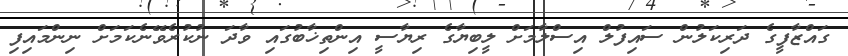
ގައްޒާފީގެ ދަރިކަލުން ސައިފުލް އިސްލާމަށް ލީބިޔާގެ ރިޔާސީ އިންތިޚާބުގައި ވާދަ ނުކުރެވޭނެކަމަށް ނިންމައިފި